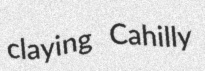
claying Cahilly